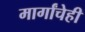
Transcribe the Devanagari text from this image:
मार्गांचेही